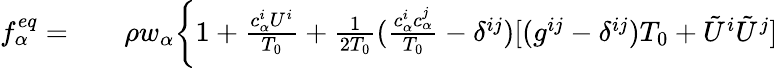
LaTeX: \begin{array}{rlr}{f_{\alpha}^{eq}=}&{{}}&{\rho w_{\alpha}\bigg\{ 1+\frac{{c}_{\alpha}^{i}{U}^{i}}{T_{0}}+\frac{1}{2T_{0}}(\frac{{c}_{\alpha}^{i}{c}_{\alpha}^{j}}{T_{0}}-\delta^{ij})[(g^{ij}-\delta^{ij})T_{0}+{\tilde{U}}^{i}{\tilde{U}}^{j}]}\end{array}